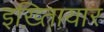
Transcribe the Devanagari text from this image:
इख़्तिायार